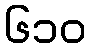
၆၁၀